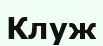
Клуж